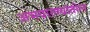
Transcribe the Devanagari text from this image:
अभयारण्यांतील